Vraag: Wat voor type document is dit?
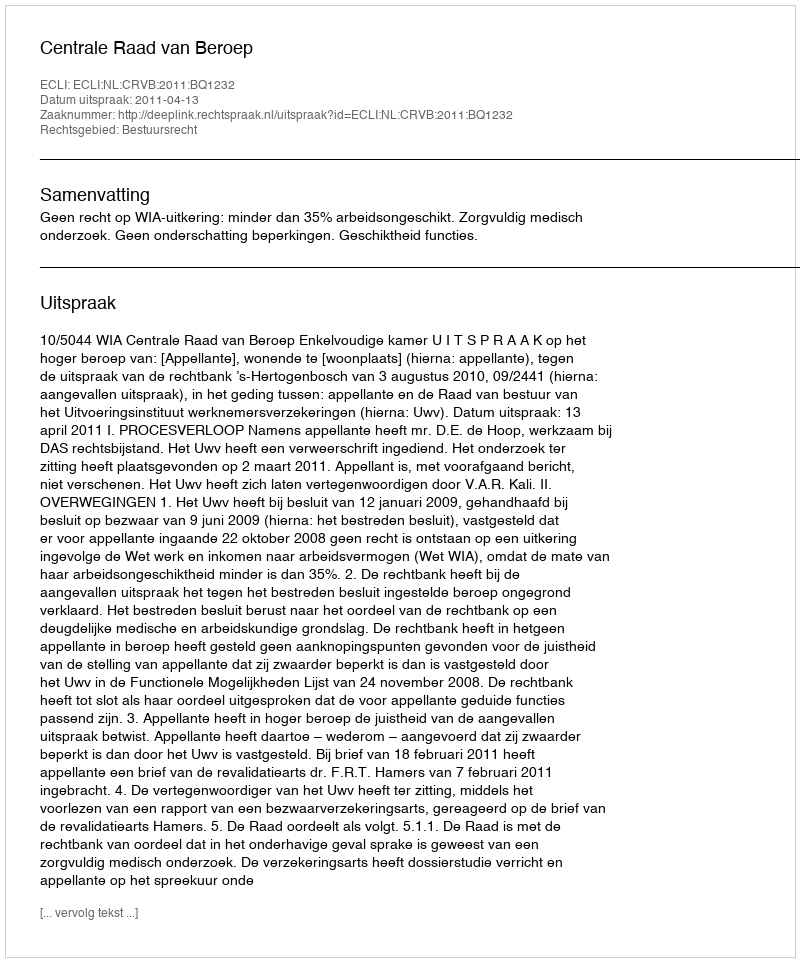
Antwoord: Uitspraak